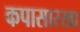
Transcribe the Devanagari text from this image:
कपासारखा